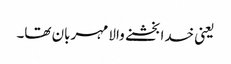
یعنی خدا بخشنے والا مہربان تھا۔